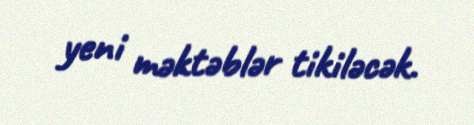
yeni məktəblər tikiləcək.